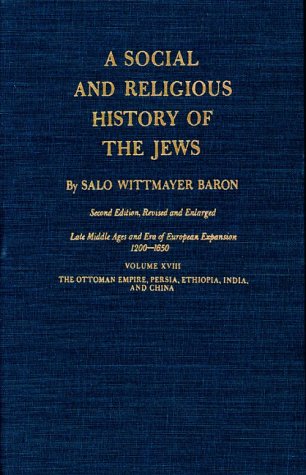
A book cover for Social and Religious History of the Jews, Volume 18; Salo Wittmayer Baron; History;